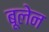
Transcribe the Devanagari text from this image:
बूलेन